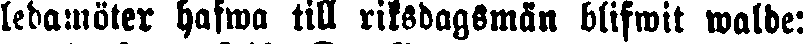
ledamöter hafwa till riksdagsmän blifwit walde: